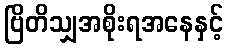
ဗြိတိသျှအစိုးရအနေနှင့်